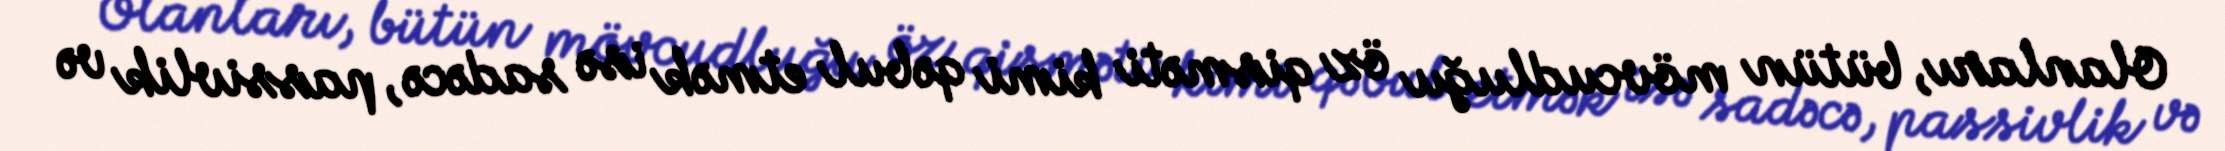
Olanları, bütün mövcudluğu öz qisməti kimi qəbul etmək isə sadəcə, passivlik və